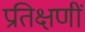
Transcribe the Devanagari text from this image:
प्रतिक्षणीं